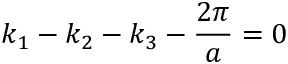
k _ { 1 } - k _ { 2 } - k _ { 3 } - \frac { 2 \pi } { a } = 0